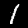
Label: 1